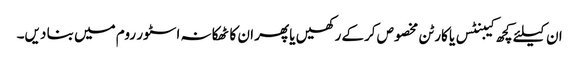
ان کیلئے کچھ کیبنٹس یا کارٹن مخصوص کرکے رکھیں یا پھر ان کا ٹھکانہ اسٹور روم میں بنا دیں۔